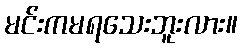
မင်းကမရသေးဘူးလား။